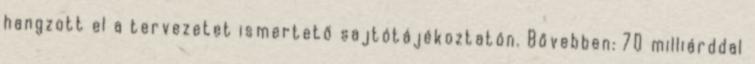
hangzott el a tervezetet ismertető sajtótájékoztatón. Bővebben: 70 milliárddal